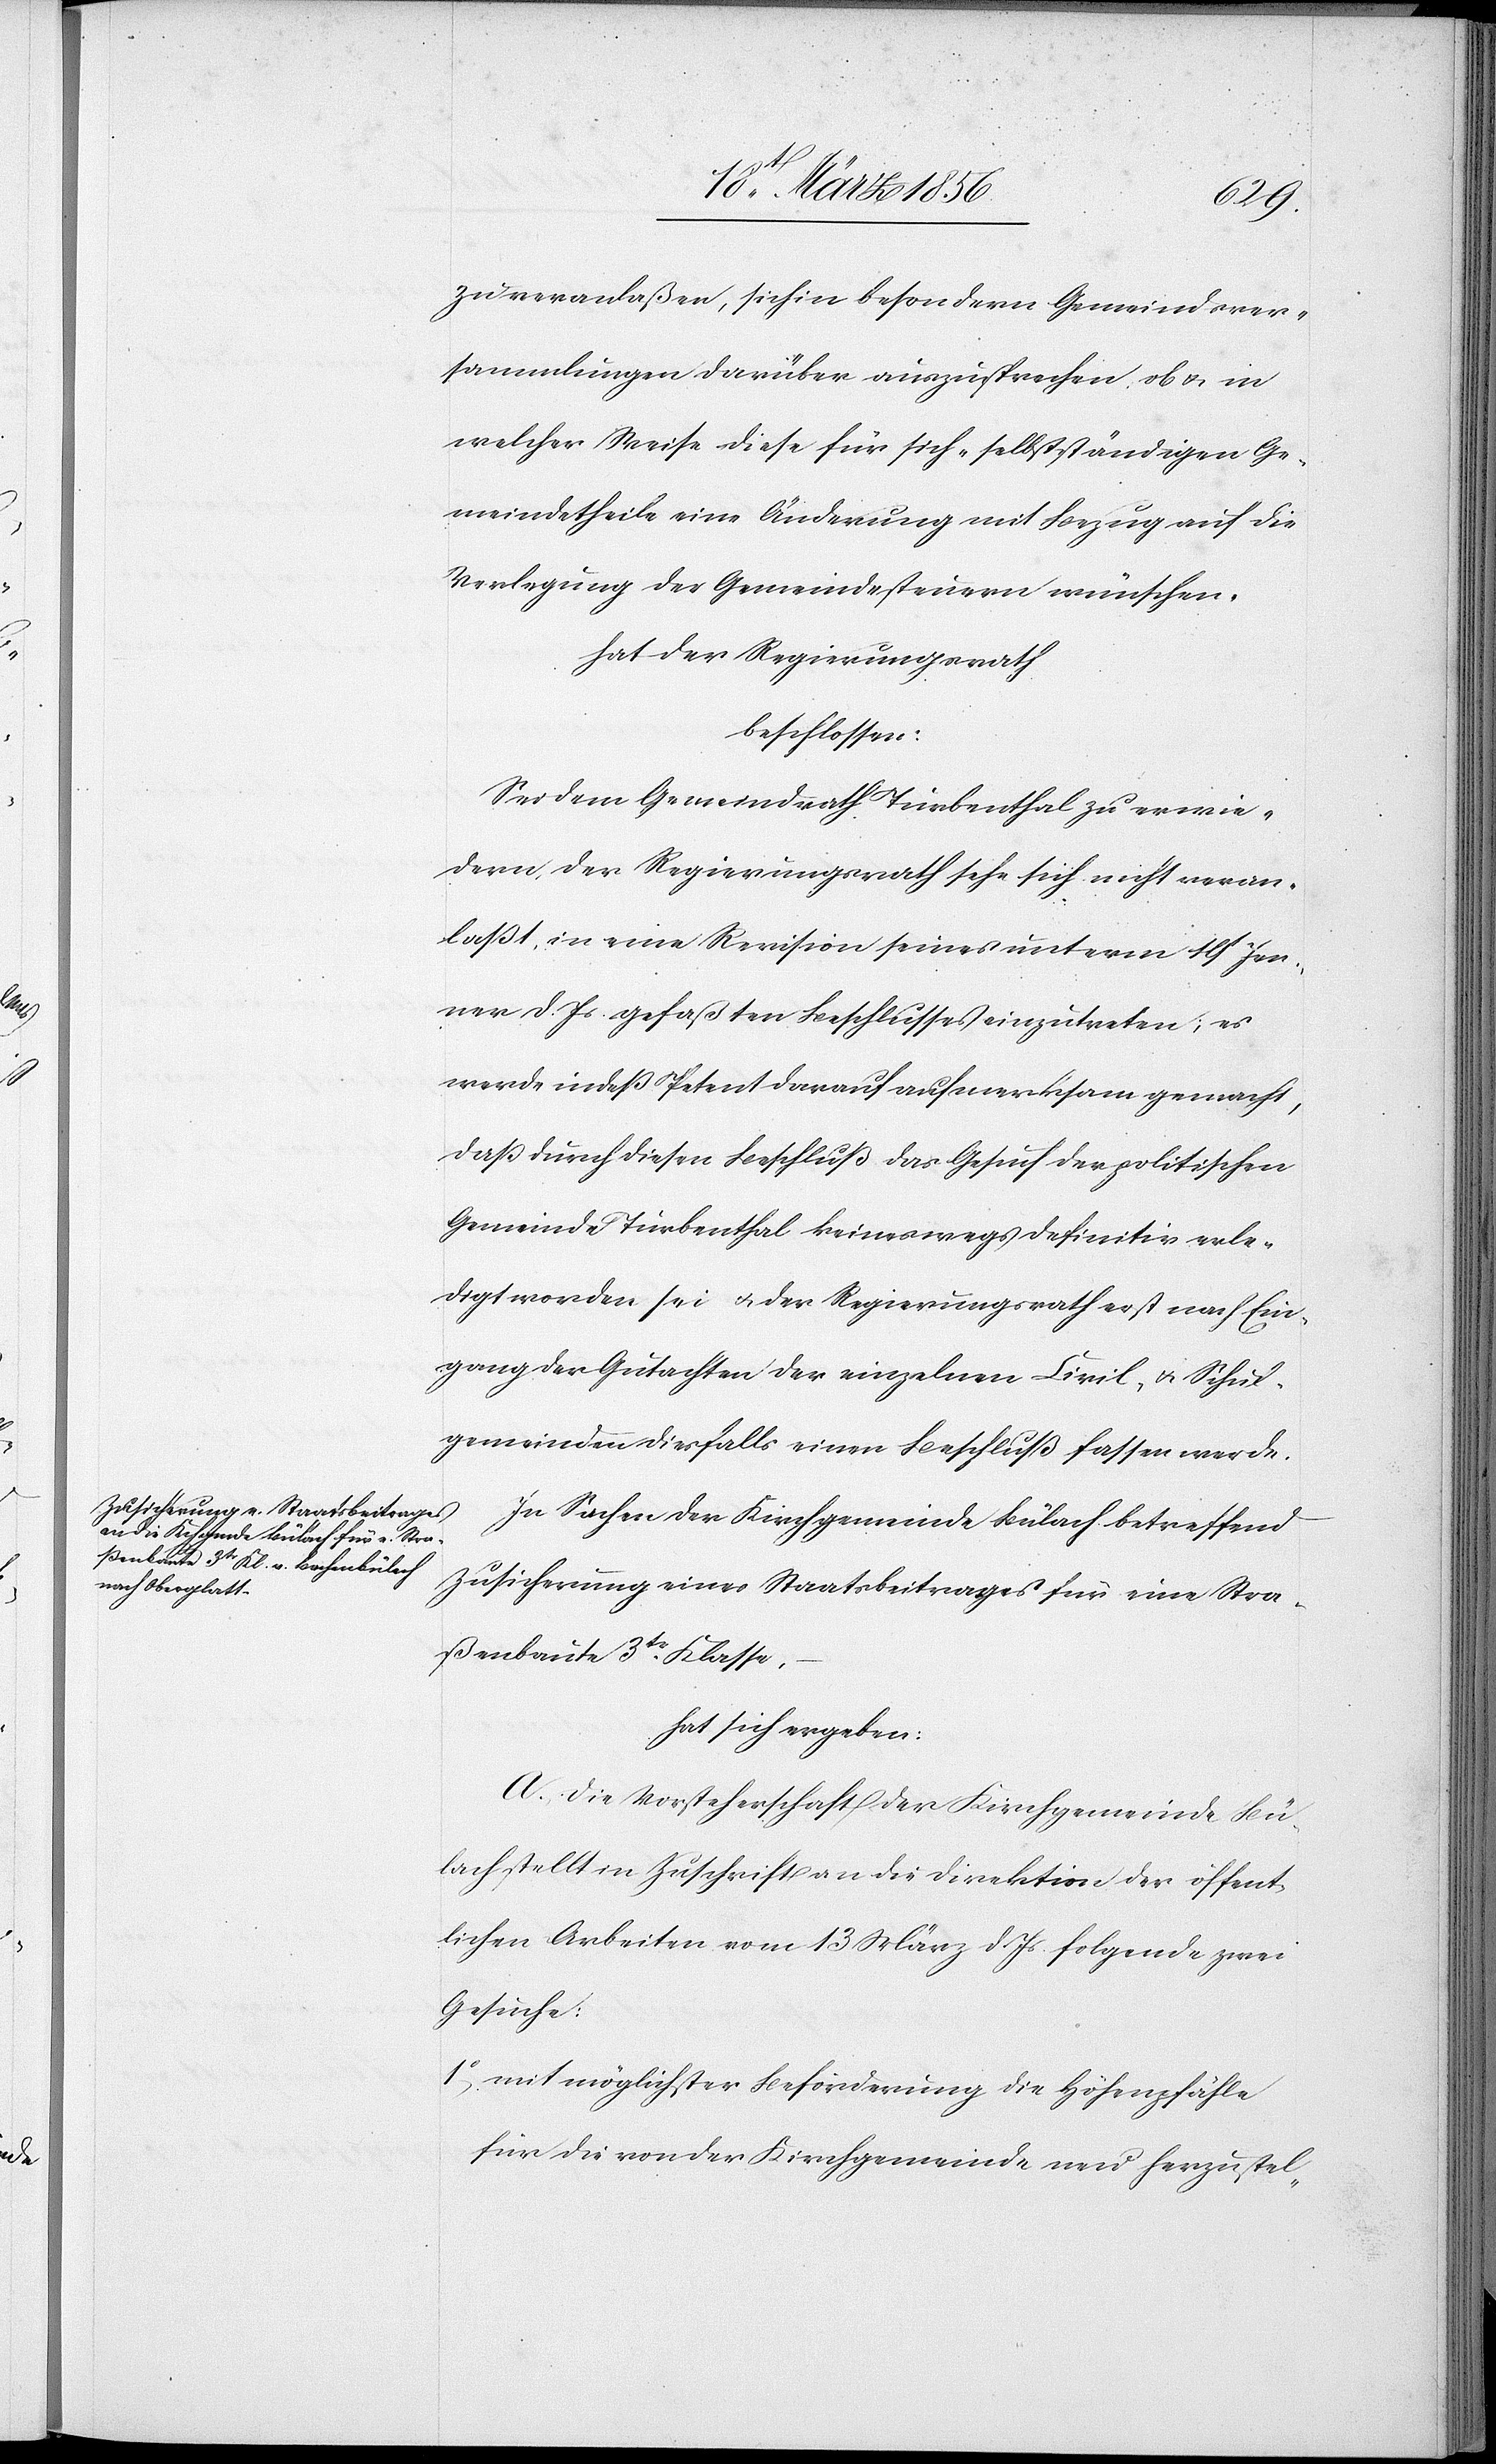
zu veranlaßen, sich in besondern Gemeindsver¬
sammlungen darüber auszusprechen, ob u. in
welcher Weise diese für sich-selbstständigen Ge¬
meindetheile eine Änderung mit Bezug auf die
Verlegung der Gemeindesteuern wünschen.
hat der Regierungsrath
beschlossen:
Sei dem Gemeindrath Turbenthal zu erwie¬
dern, der Regierungsrath sehe sich nicht veran¬
laßt, in eine Revision seines unterm 19 Jen¬
ner d. Js. gefaßten Beschlusses einzutreten; es
werde indeß Petent darauf aufmerksam gemacht,
daß durch diesen Beschluß das Gesuch der politischen
Gemeinde Turbenthal keineswegs definitiv erle¬
digt worden sei u. der Regierungsrath erst nach Ein¬
gang der Gutachten der einzelnen Civil- & Schul¬
gemeinden diesfalls einen Beschluß fassen werde.
In Sachen der Kirchgemeinde Bülach betreffend
Zusicherung eines Staatsbeitrages für eine Stra¬
ßenbaute 3tr Klasse,
hat sich ergeben:
A. Die Vorsteherschaft der Kirchgemeinde Bü¬
lach stellt in Zuschriften an die Direktion der öffent¬
lichen Arbeiten vom 13 März d. Js. folgende zwei
Gesuche:
1o,. mit möglichster Beförderung die Höhenpfähle
für die von der Kirchgemeinde neu herzustel-